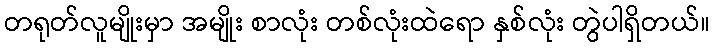
တရုတ်လူမျိုးမှာ အမျိုး စာလုံး တစ်လုံးထဲရော နှစ်လုံး တွဲပါရှိတယ်။